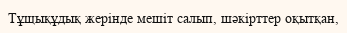
Тұщықұдық жерінде мешіт салып, шәкірттер оқытқан,